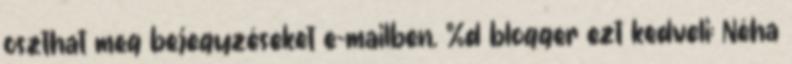
oszthat meg bejegyzéseket e-mailben. %d blogger ezt kedveli: Néha